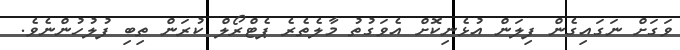
ވަގަށް ނަގައިގެން ފިލަން އުޅެނިކޮށް އެވަގުތު މާލެތެރެ ޕެޓްރޯލް ކުރަން ތިބި ފުލުހުންނެވެ.